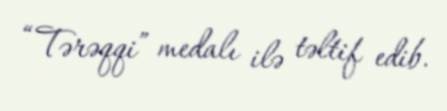
“Tərəqqi” medalı ilə təltif edib.